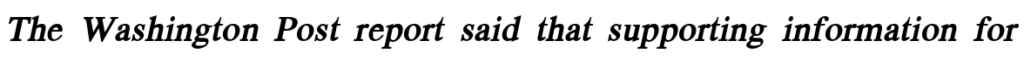
The Washington Post report said that supporting information for